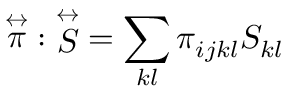
{ \stackrel { \leftrightarrow } { \pi } } : { \stackrel { \leftrightarrow } { S } } = \sum _ { k l } \pi _ { i j k l } S _ { k l }